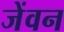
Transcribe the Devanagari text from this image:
जेंवन